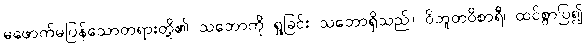
မဖောက်မပြန်သောတရားတို့၏ သဘောကို ရှုခြင်း သဘောရှိသည်။ ဝိဘူတဝိစာရီ၊ ထင်စွာပြ၍